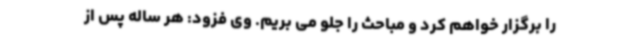
را برگزار خواهم کرد و مباحث را جلو می بریم. وی فزود: هر ساله پس از